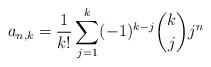
LaTeX: \begin{align*}a_{n,k}&=\frac{1}{k!}\sum_{j=1}^{k}(-1)^{k-j}\binom{k}{j}j^{n}\end{align*}